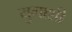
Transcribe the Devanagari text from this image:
युगाशी